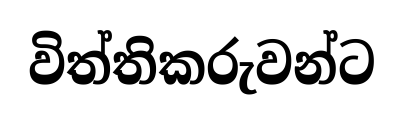
විත්තිකරුවන්ට